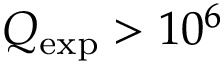
Q _ { \mathrm { e x p } } > 1 0 ^ { 6 }